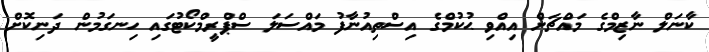
ކާނަލް ނާޒިމްގެ މައްޗަށް އިއްވި ޙުކުމްގެ އިސްތިއުނާފު މައްސަލަ ސްޕްރީމްކޯޓުގައި ހިނގަމުން ދަނިކޮށް